Bréfritari: Sigríður Pálsdóttir
Viðtakandi: Páll Pálsson
Dagsetning: A-1844-05-15
Skrifað á: Síðumúla  Mýr.
Páll var bróðir Sigríðar

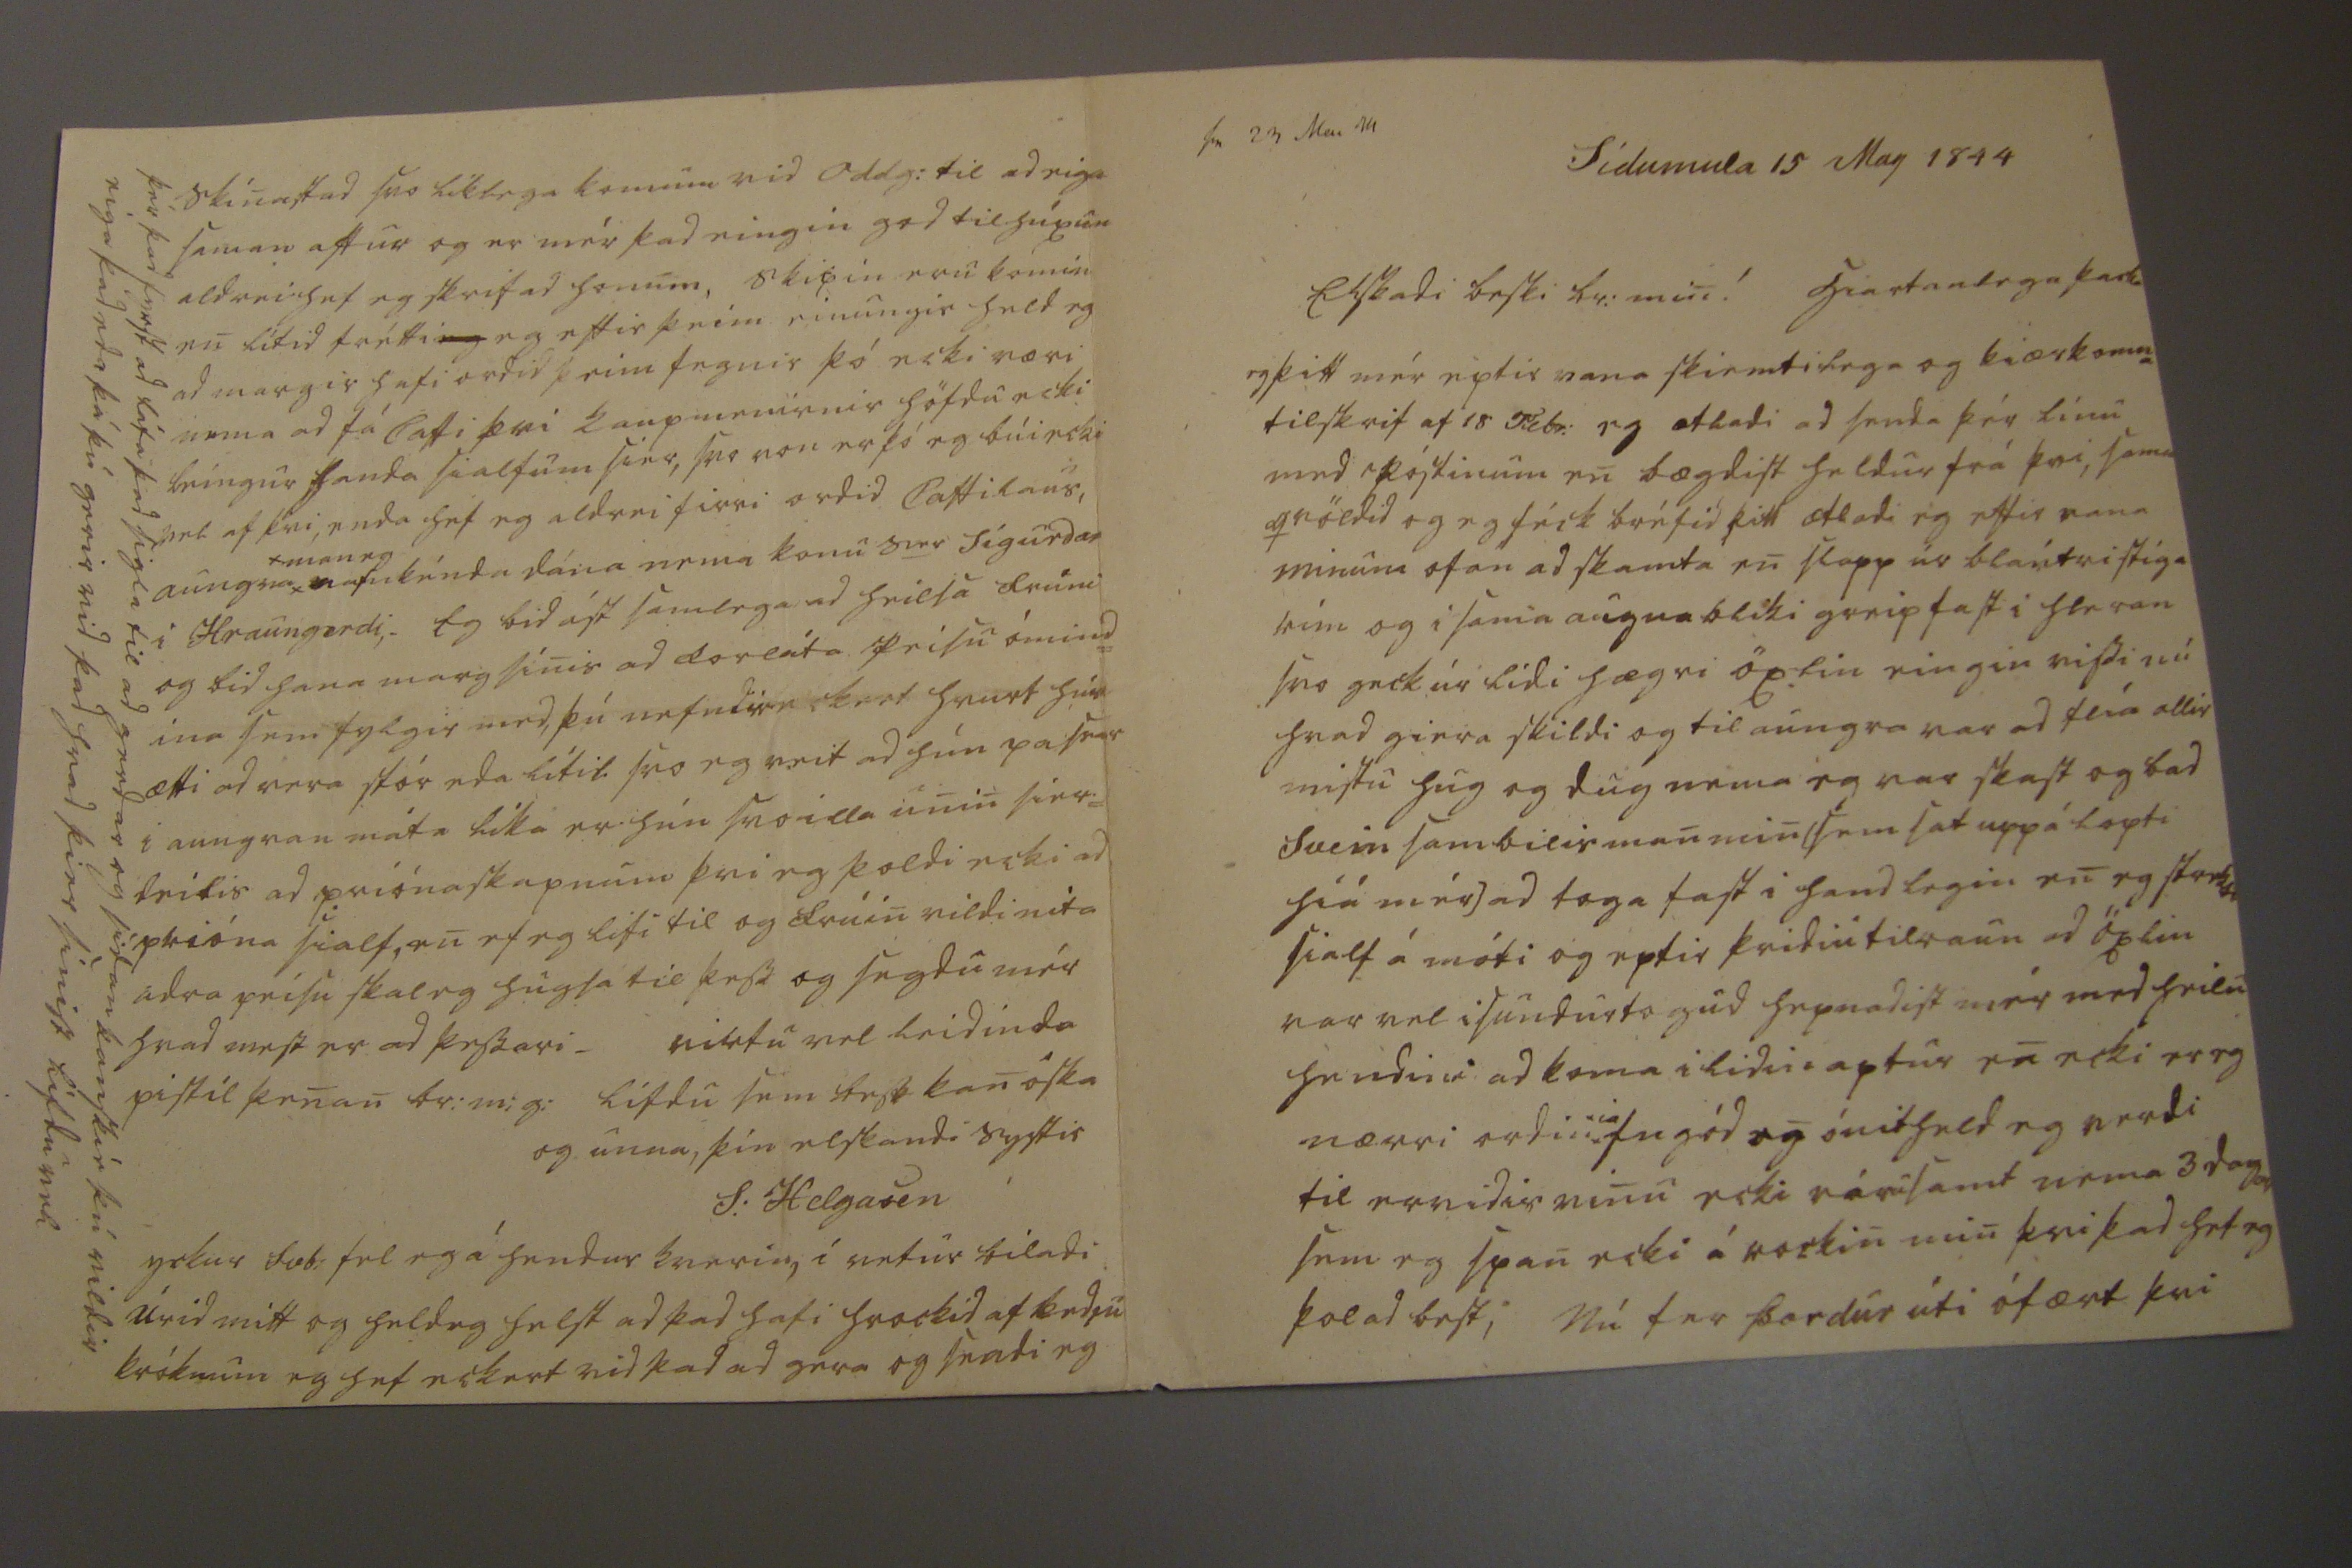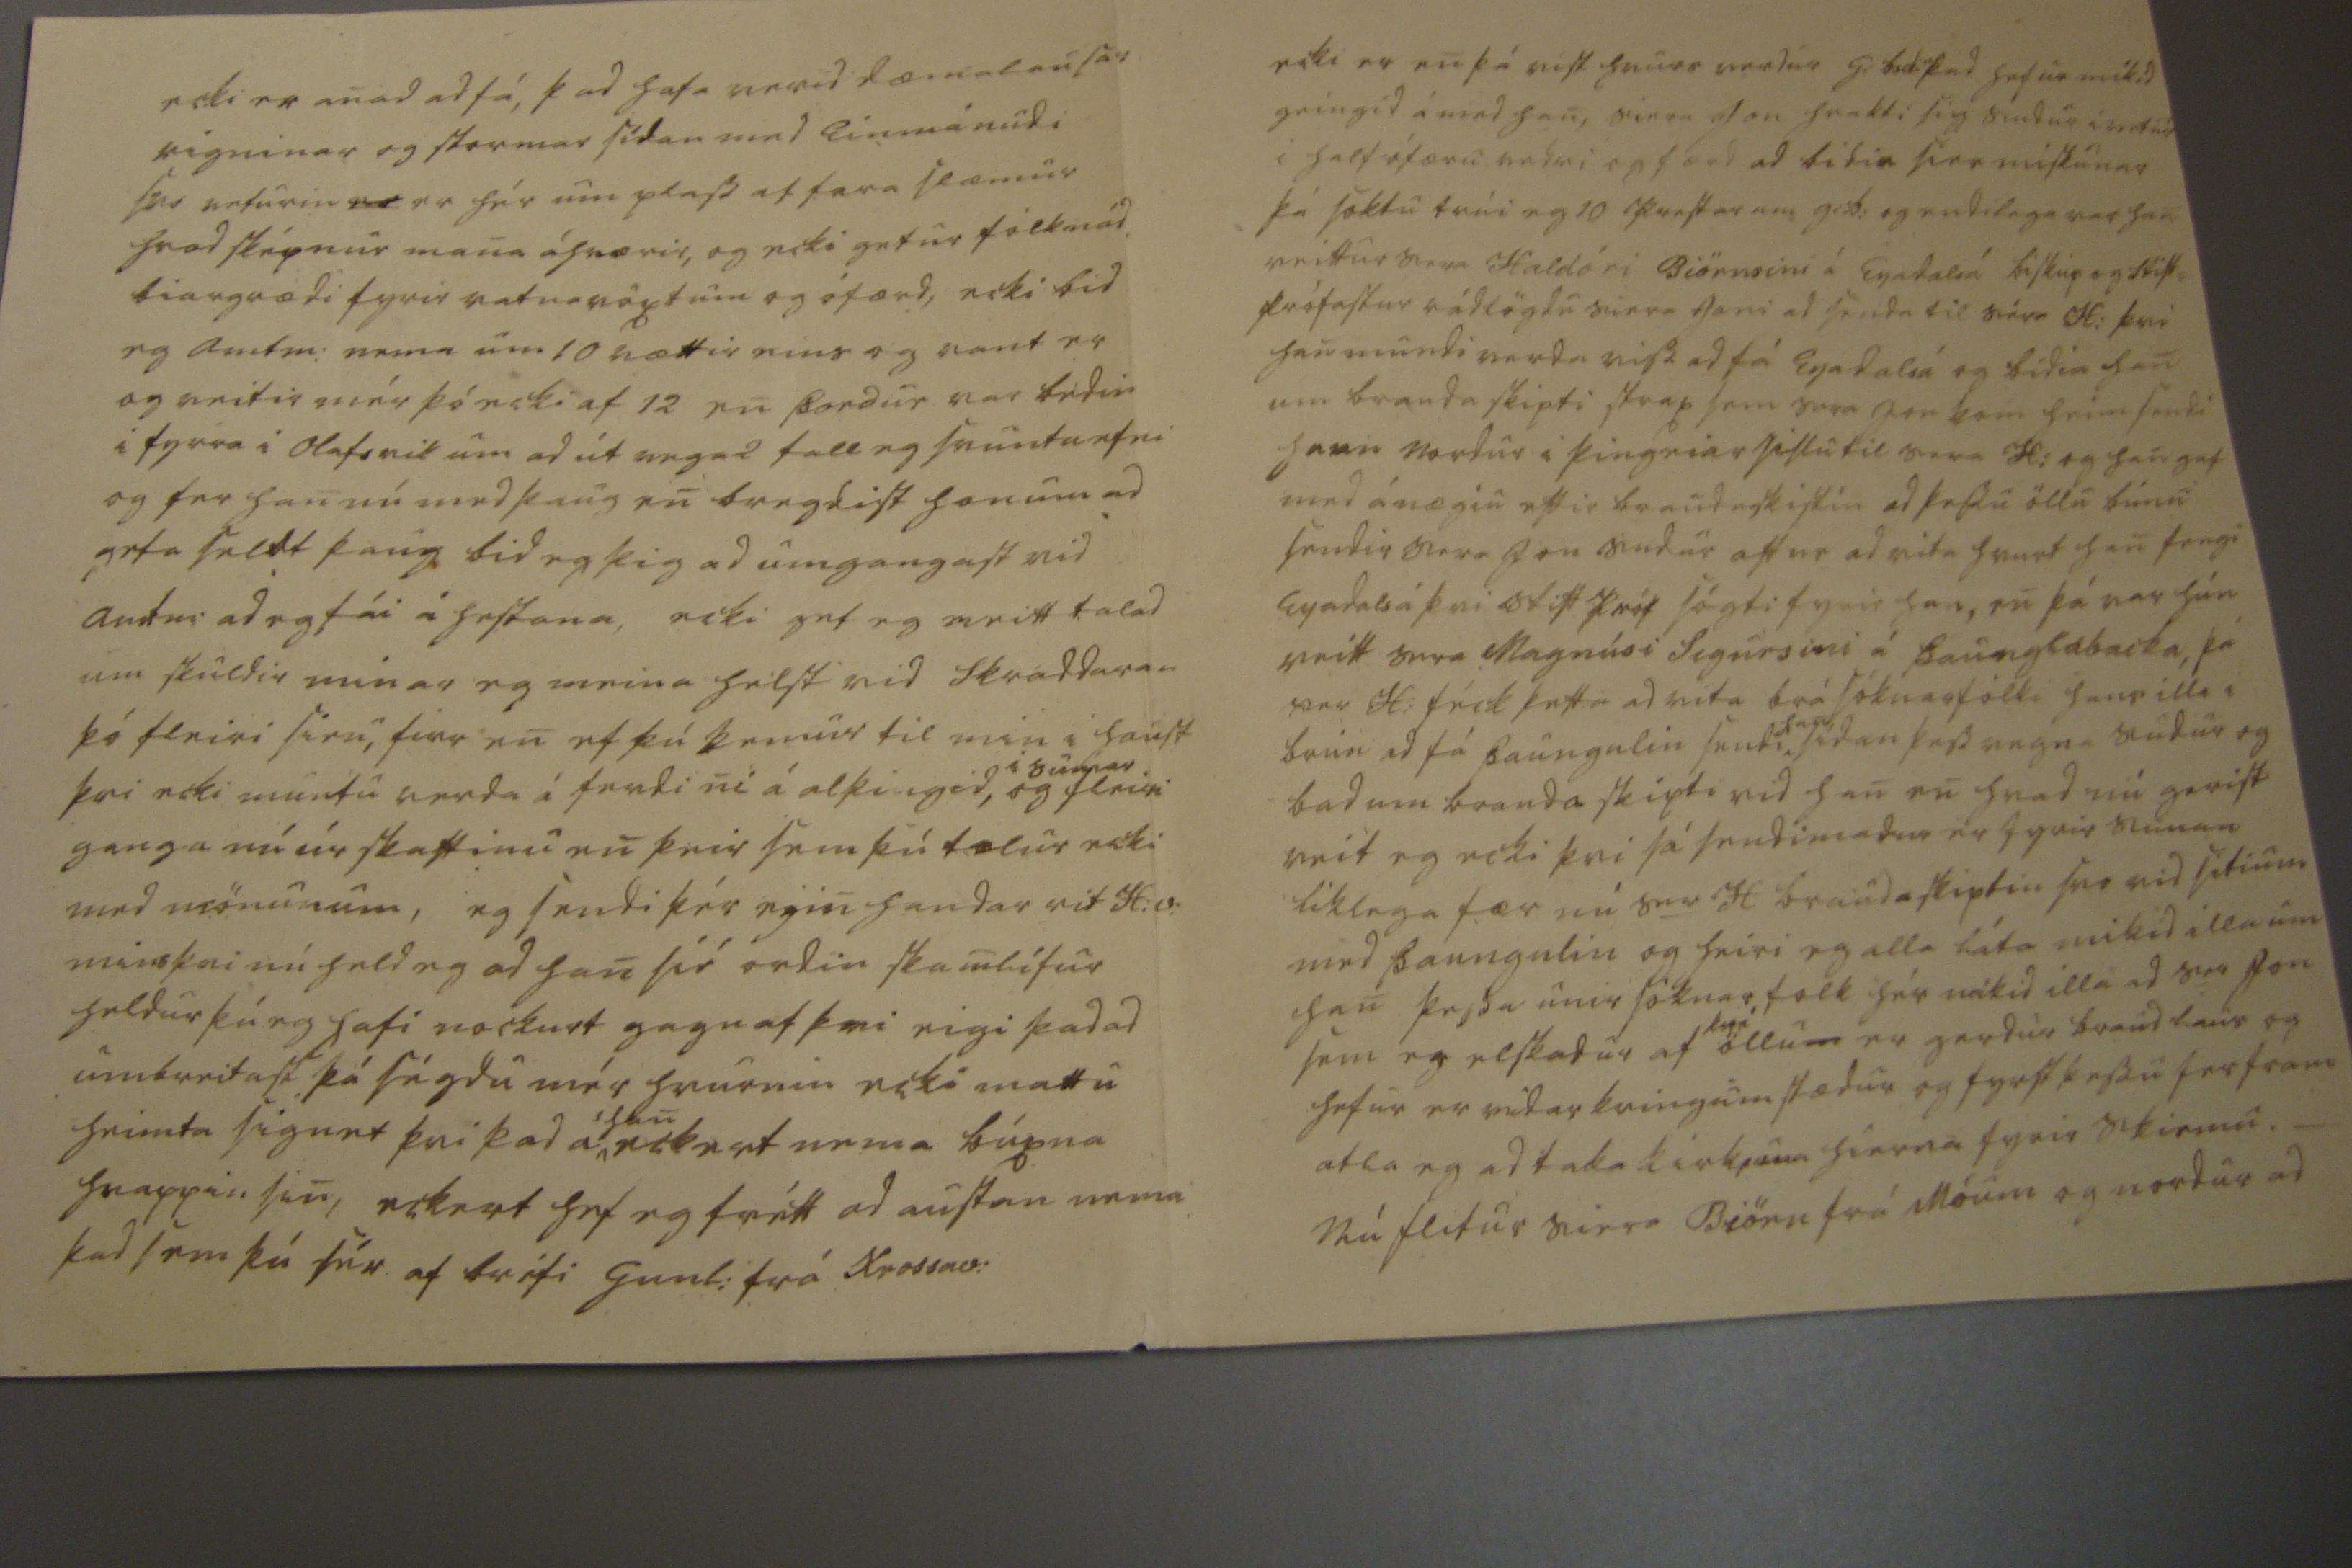

sv 23 Mai 44
Sídumula 15 May 1844
Elskadi besti br: min! hiartanlega þacka eg þitt mér eptir vana skiemtilega og kiærkomna tilskrif af 18 Febr: eg atladi ad senda þér línu med póstinum en bægdist heldur frá þvi, sama qvöldid og eg féck bréfid þitt ætladi eg eftir vana minum ofan ad skemta en slapp úr blautri stíga rim og i sama augnabliki greip fast i hleran svo geck úr lidi hægri öxlin eingin vissi nú hvad giera skildi og til aungva var ad flía allir mistu hug og dug nema eg var skast og bad Svein sambilis man min [sem sat uppá lopti hiá mér] ad toga fast i handlegin en eg
stre00i
sialf á móti og eptir þridiu tilraun ad öxlin var vel i sundurtogud hepnadist mér med heilu hendina ad koma i lidin aptur en ecki er eg nærri ordin
ia
fn gód en ónit held eg verdi til ervidis vinu ecki
vóru
samt nema 3 dagar sem eg span ecki á rockin min þvi þad hef eg þolad best, Nú fer Þordur úti ófært þvi
ecki er anad ad fá, þad hafa verid dæmalausar rigninar og stormar sídan med Einmánudi svo veturin
er
er hér um plass af fara slæmur hvad sképnur mana áhrærir, og ecki getur fólk nád biargrædi fyrir veturvöxtum og ófærd, ecki bid eg amtm: nema um 10 rættir eins og vant er og veitir mér þó ecki af 12 en Þordur var bedin i fyrra i Olafsvik um ad út vega 2 falleg svuntuefni og fer han nú med þaug en bregdist honum ad geta seldt þaug bid eg þig ad umgangast vid amtm: ad eg fái á hestana, ecki get eg neitt talad um skuldir minar eg meina helst vid skráddaran þó fleiri sieu, firr en ef þú kemur til min i haust þvi ecki muntu verda á ferdini á alþingid,
i sumar
og fleiri ganga nú úr skaftinu en þeir sem þú telur ecki med mönunum, eg sendi þér
eyin
handar vit H:v: mins þvi nú held eg ad han sié ordin skamlífur heldur þú eg hafi nockurt gagn af þvi eigi þad ad umbreitast þá ségdu mér hvurnin ecki mattu heimta sig
net
þvi þad á
han
eckert nema búxna hnappin sin, eckert hef eg frétt ad austan nema þad sem þú sér af bréfi Gunl: frá Krossav:
ecki er en þá víst hvurs verdur G.
bidin
þad hefur mikid geingid á med han, siera Jon hrakti sig sudur i vetur i half ófæru vedri og færd ad bidia sier miskunar þá soktu trúi eg 10 prestar um g:b: og endilega var han reittur sem Haldóri Biörnsini á Eyadalsá biskup og stift= prófastur rádlögdu siera Joni ad senda til séra Hi þvi han mundi verda viss ad fá Eyadalsá og bidia han um brauda skipti strax sem sera Jon kom heim sendi hann nordur i þingeiarsislu til sera Hi og han gaf med ánægiu eftir braud
askiftin
ad þessu öllu búnu sendir sera Jon sudur aftur ad vita hvurt han fengi Eyadalsá þvi stift próf sógti fyrir han, en þá var hún veitt sera Magnúsi Sigursini á Þaunglabacka, þá var H: féck þetta ad vita brá sóknarfólki hans illa i brún ad fá Þaungulin sendi,
han
sídan þess vegna sudur og bad um brauda skipti vid han en hvad nú gerist veit eg ecki þvi sá sendimadur er fyrir sunan liklega fær nú ser H braudaskiptin svo vid sitium med Þaungulin og heiri eg alla láta mikid illa um han þessu unir sóknar, folk hér mikid illa ad ser Jon sem er elskadur af
þvi
öllu
m
er gerdur braudlaus og hefur er vidar kringum stædur og fyrst þessu fer fram atla eg ad taka kirkjuna hierna fyrir skiemu._ Nú flitur siera Biörn frá móum og nordur ad
skínastad svo líklega komum vid Oddg: til ad eiga saman aftur og er mér þad eingin ged til húxun aldrei hef eg skrifad honum, skipin eru komin en lítid frétti
eg
eg eftir þeim einungis held eg ad margir hafi ordid þeim fegnir þó ecki væri nema ad fá Caffi þvi kaupmenirnir höfdu ecki leíngur handa sialfum sier, svo von er þó eg búi ecki vel af þvi, enda hef eg aldrei firri ordid Caffilaus, aungva*
*man eg
nafnkénda dána nema konu ser Sigurdar i Hraungerdi,. Eg bid ást samlega ad heilsa frúni og bid hana margsínis ad forláta prisu ómind= ina sem fylgir med, þú nefndir eckert hvurt hún ætti ad vera stór eda lítil svo eg veit ad hún passar i aungvan máta líka er hún svo illa unin sier= deilis ad priónaskapnum þvi eg þoldi ecki ad prióna sialf, en ef eg lifi til og frúin vildi nita adra peisu skal eg hugsa til þess og segdu mér havd mest er ad þessari_ virtu vel leidinda pistil þenan br:m:g: lifdu sem best kan óska og unna, þín elskandi systir
S: Helgason
yckur Svb: tel eg á hendur kverin, í vetur biladi úrid mitt og held eg helst ad þad hafi hrockid af kedju króknum eg hef eckert vid þad ad gera og sendi eg
þér þad fyrst ad láta þad sigla til ad gerdar og sidan kanskié þú vildir eiga þad eda þá þú gerir vid þad hvad þier sínist lifdu vel